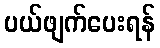
ပယ်ဖျက်ပေးရန်